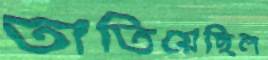
তাতিয়েছিল